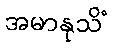
အမာနုသိံ